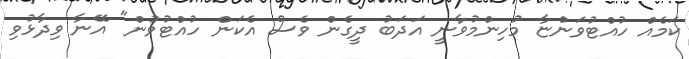
ކަމެއް ހުއްޓުވަންޏާ މުހިންމުވާނީ އަދަބު ދީގެން ވެސް އެކަން ހުއްޓުވުން" އޭނާ ވިދާޅުވި